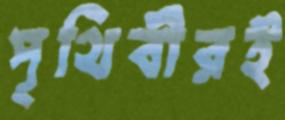
পৃথিবীরই